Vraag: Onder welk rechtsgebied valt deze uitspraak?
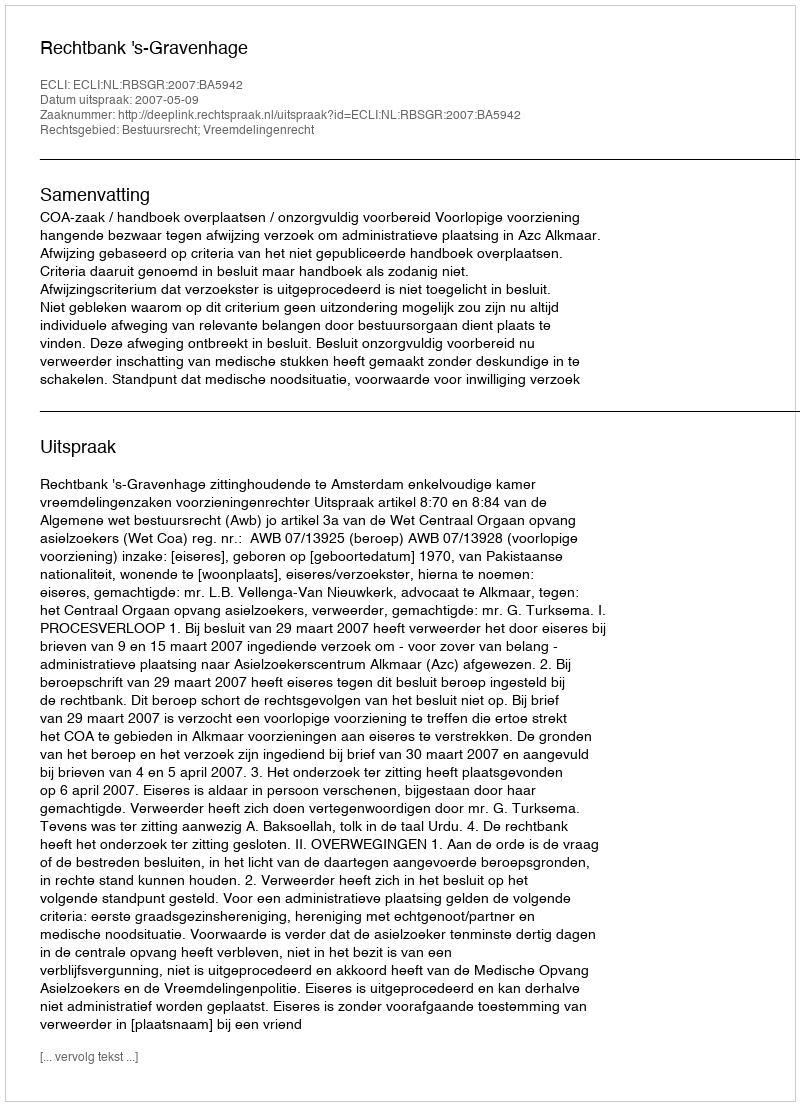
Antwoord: Bestuursrecht; Vreemdelingenrecht